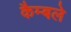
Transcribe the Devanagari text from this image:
कैम्बले